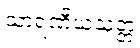
သာရဏီယသုတ္တံ